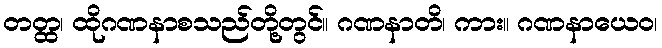
တတ္ထ၊ ထိုဂဏနာစသည်တို့တွင်။ ဂဏနာတိ၊ ကား။ ဂဏနာယေဝ၊